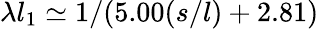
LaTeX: \lambda l_{1}\simeq 1/(5.00(s/l)+2.81)